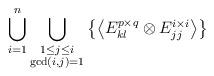
LaTeX: \begin{align*}\bigcup_{i=1}^{n}\bigcup_{\substack{1\le j\le i\\\gcd(i,j)=1}}\left\{\left<E^{p\times q}_{kl}\otimes E^{i\times i}_{jj}\right>\right\}\end{align*}